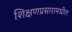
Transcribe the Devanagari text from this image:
शिक्षणप्रसारामधील